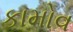
કામોવ